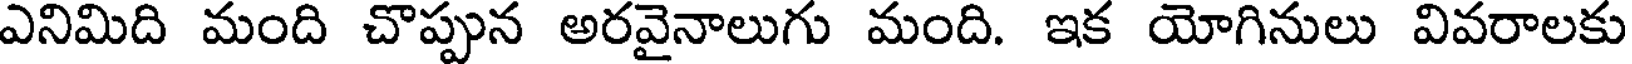
ఎనిమిది మంది చొప్పున అరవైనాలుగు మంది. ఇక యోగినులు వివరాలకు